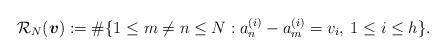
LaTeX: \begin{align*}\mathcal{R}_N(\boldsymbol{v}):=\#\{1\leq m\neq n\leq N: a_n^{(i)}-a_m^{(i)}=v_i,\:1\leq i\leq h\}.\end{align*}